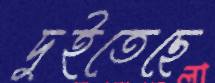
দুইতেছে